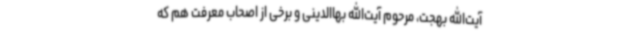
آیت‌الله بهجت، مرحوم آیت‌الله بهاالدینی و برخی از اصحاب معرفت هم که